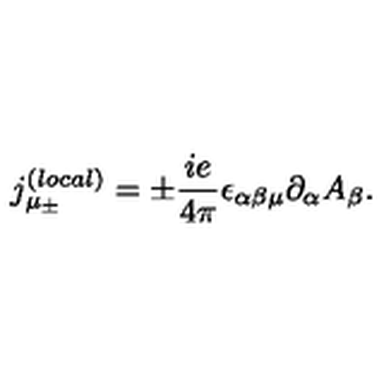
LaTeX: { j _ { \mu _ { \pm } } ^ { ( l o c a l ) } } = \pm \frac { i e } { 4 \pi } \epsilon _ { \alpha \beta \mu } \partial _ { \alpha } A _ { \beta } .